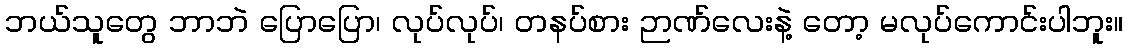
ဘယ်သူတွေ ဘာဘဲ ပြောပြော၊ လုပ်လုပ်၊ တနပ်စား ဉာဏ်လေးနဲ့ တော့ မလုပ်ကောင်းပါဘူး။